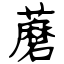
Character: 蘑